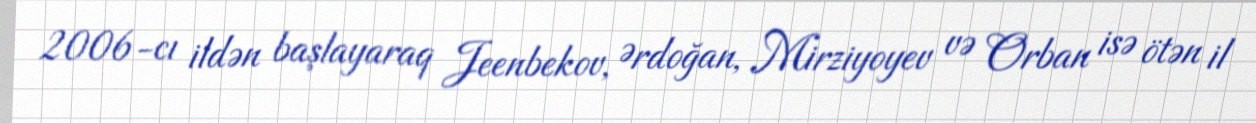
2006-cı ildən başlayaraq Jeenbekov, Ərdoğan, Mirziyoyev və Orban isə ötən il